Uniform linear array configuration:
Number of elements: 24
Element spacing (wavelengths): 1
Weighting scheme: binomial
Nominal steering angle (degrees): -45
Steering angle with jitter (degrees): -44.287
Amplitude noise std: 0.05
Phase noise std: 0.05

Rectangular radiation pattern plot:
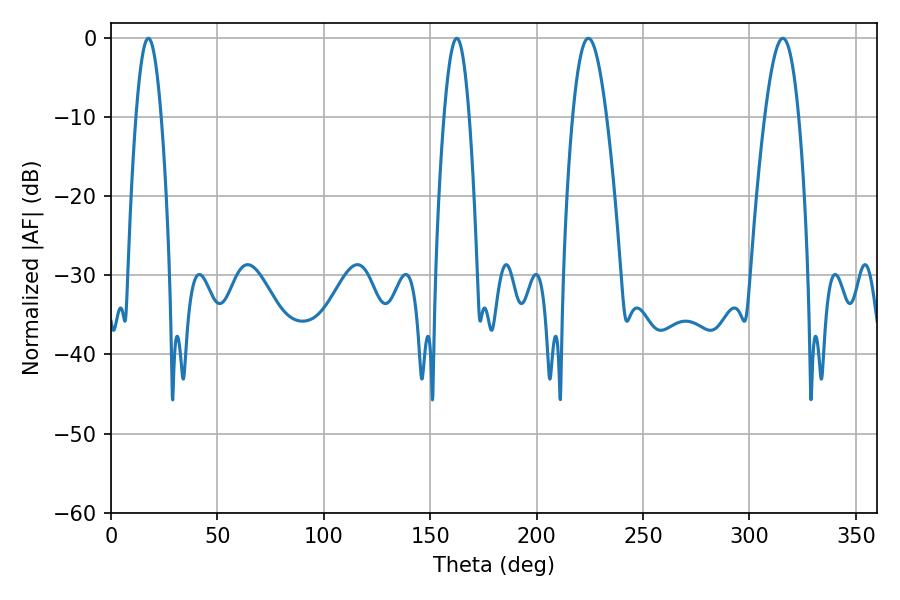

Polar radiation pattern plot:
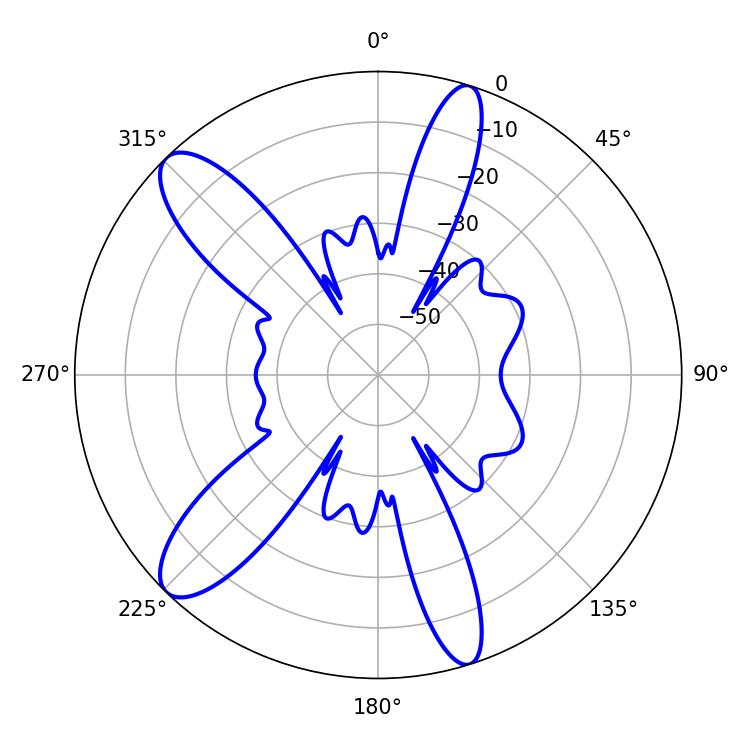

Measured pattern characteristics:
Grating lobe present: TRUE
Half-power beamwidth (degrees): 8.64
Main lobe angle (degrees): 224.28